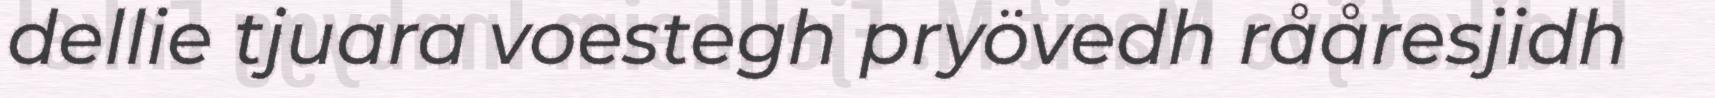
dellie tjuara voestegh pryövedh rååresjidh